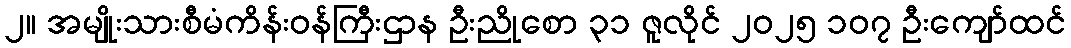
၂။ အမျိုးသားစီမံကိန်းဝန်ကြီးဌာန ဦးညိုစော ၃၁ ဇူလိုင် ၂၀၂၅ ၁၀၇ ဦးကျော်ထင်